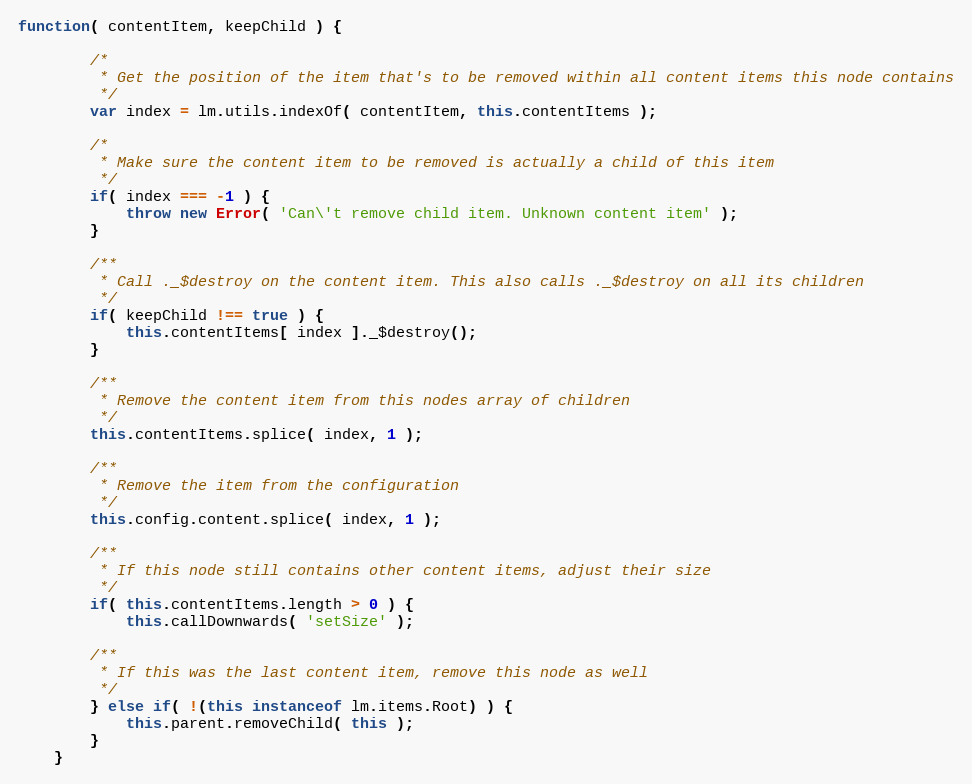
Language: JavaScript
function( contentItem, keepChild ) {

		/*
		 * Get the position of the item that's to be removed within all content items this node contains
		 */
		var index = lm.utils.indexOf( contentItem, this.contentItems );

		/*
		 * Make sure the content item to be removed is actually a child of this item
		 */
		if( index === -1 ) {
			throw new Error( 'Can\'t remove child item. Unknown content item' );
		}

		/**
		 * Call ._$destroy on the content item. This also calls ._$destroy on all its children
		 */
		if( keepChild !== true ) {
			this.contentItems[ index ]._$destroy();
		}

		/**
		 * Remove the content item from this nodes array of children
		 */
		this.contentItems.splice( index, 1 );

		/**
		 * Remove the item from the configuration
		 */
		this.config.content.splice( index, 1 );

		/**
		 * If this node still contains other content items, adjust their size
		 */
		if( this.contentItems.length > 0 ) {
			this.callDownwards( 'setSize' );

		/**
		 * If this was the last content item, remove this node as well
		 */
		} else if( !(this instanceof lm.items.Root) ) {
			this.parent.removeChild( this );
		}
	}